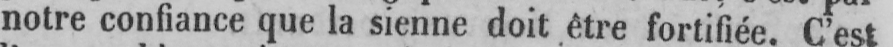
notre confiance que la sienne doit être fortifiée. C’est